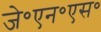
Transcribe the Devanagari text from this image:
जे॰एन॰एस॰